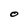
Character: O